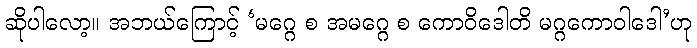
ဆိုပါလော့။ အဘယ်ကြောင့် ‘မဂ္ဂေ စ အမဂ္ဂေ စ ကောဝိဒေါတိ မဂ္ဂကောဝါဒေါ’ဟု